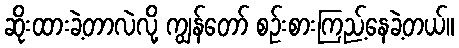
ဆိုးထားခဲ့တာလဲလို့ ကျွန်တော် စဉ်းစားကြည့်နေခဲ့တယ်။